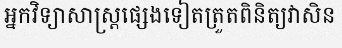
អ្នកវិទ្យាសាស្ត្រផ្សេងទៀតត្រួតពិនិត្យវាសិន